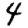
Digit: 4